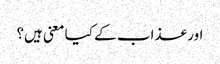
اور عذاب کے کیا معنی ہیں؟